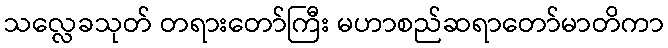
သလ္လေခသုတ် တရားတော်ကြီး မဟာစည်ဆရာတော်မာတိကာ